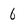
Character: 6